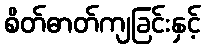
စိတ်ဓာတ်ကျခြင်းနှင့်